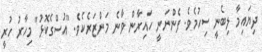
ދިޔައިމާ ލިބެނީ ސިހުމެވެ. ފެންނަނީ ހައިރާން ވާނެ މަންޒަރެކެވެ. "އުސްގެކޮޅު" މިހާރު ހުރީ